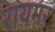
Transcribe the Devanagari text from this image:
रायमर